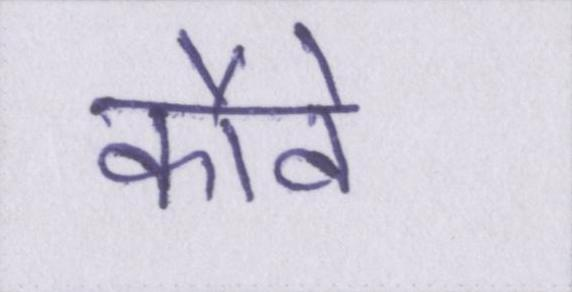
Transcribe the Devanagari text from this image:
कौवे